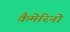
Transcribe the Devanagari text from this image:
कैमेरिनो